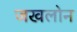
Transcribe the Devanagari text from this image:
जखलोन